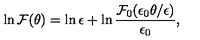
\ln { \cal F } ( \theta ) = \ln \epsilon + \ln \frac { { \cal F } _ { 0 } ( \epsilon _ { 0 } \theta / \epsilon ) } { \epsilon _ { 0 } } ,